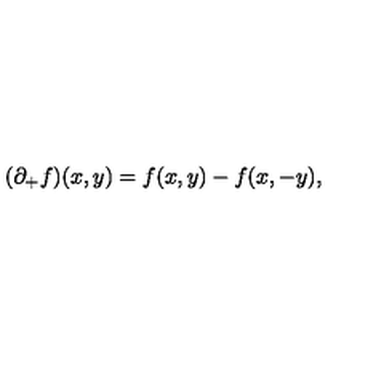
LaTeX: ( \partial _ { + } f ) ( x , y ) = f ( x , y ) - f ( x , - y ) ,